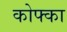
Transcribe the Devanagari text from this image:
कोफ्का